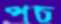
পচ